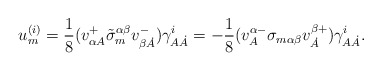
\begin{align*}u^{(i)}_m=\frac18(v^{+}_{\alpha A}\tilde\sigma_m^{\alpha\beta}v^{-}_{\beta\dot A})\gamma^i_{A\dot A}=-\frac18(v^{\alpha-}_A\sigma_{m\alpha\beta}v^{\beta+}_{\dot A})\gamma^i_{A\dot A}.\end{align*}